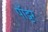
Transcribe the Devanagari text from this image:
पॉट्टर